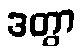
ဒတွာ